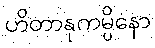
ဟိတာနုကမ္ပိနော